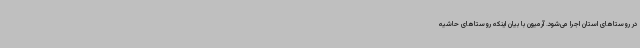
در روستاهای استان اجرا می‌شود. آرمیون با بیان اینکه روستاهای حاشیه